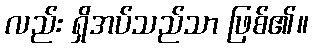
လည်း ရှိအပ်သည်သာ ဖြစ်၏။